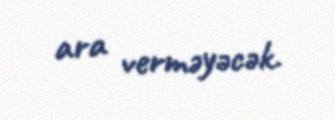
ara verməyəcək.